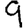
Digit: 9